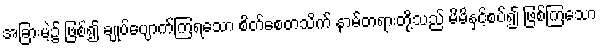
အခြားမဲ့၌ ဖြစ်၍ ချုပ်ပျောက်ကြရသော စိတ်စေတသိက် နာမ်တရားတို့သည် မိမိနှင့်စပ်၍ ဖြစ်ကြသော